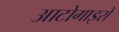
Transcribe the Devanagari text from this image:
आटोगाइरो